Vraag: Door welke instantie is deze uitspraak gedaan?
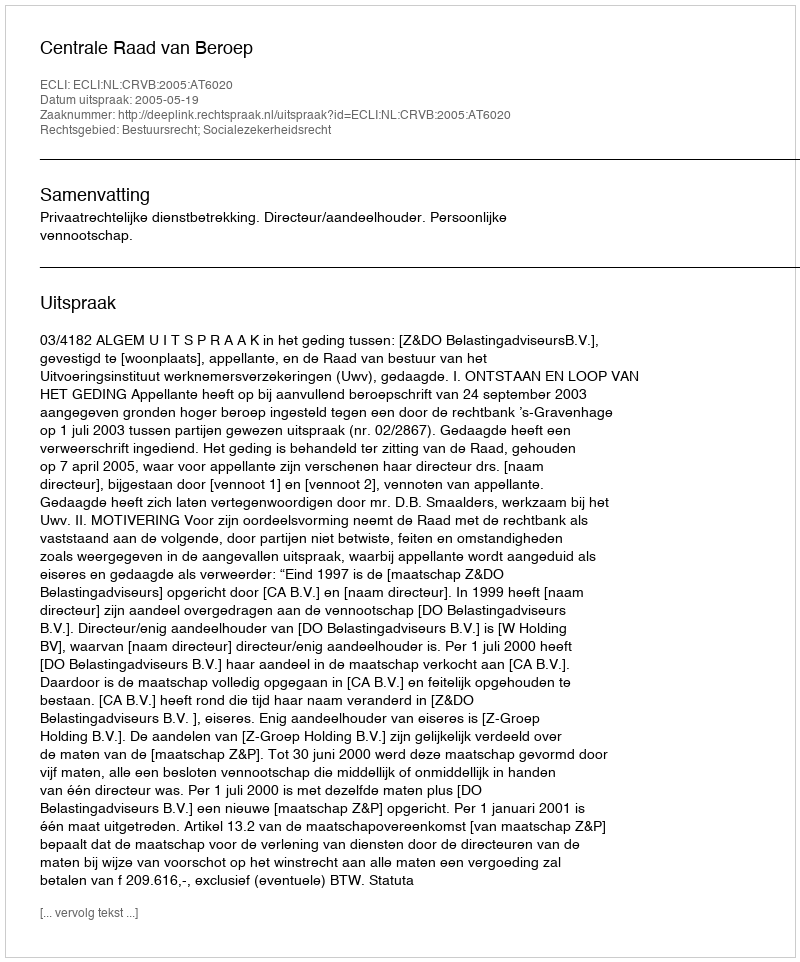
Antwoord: Centrale Raad van Beroep